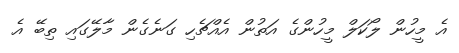
އެ މީހުން ލޯކަލް މީހުންގެ އަތުން އެއްޗެހި ގަނެގެން މާލޭގައި ތިބޭ އެ